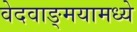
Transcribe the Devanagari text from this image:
वेदवाङ्मयामध्ये